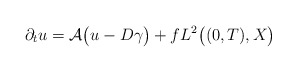
\begin{align*} \partial_{t} u = \mathcal{A} \big(u - D \gamma\big) + f L^{2}\big((0, T), X\big) \end{align*}